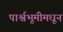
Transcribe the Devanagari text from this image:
पार्श्वभूमीमधून